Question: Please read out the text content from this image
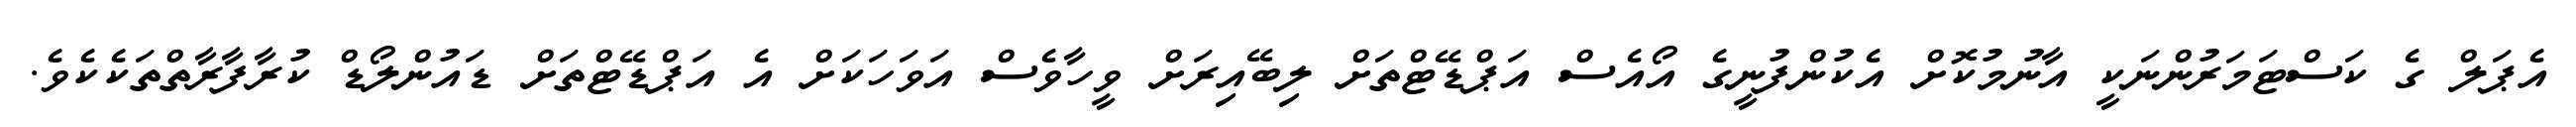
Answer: އެޕަލް ގެ ކަސްޓަމަރުންނަކީ އާނުމުކޮށް އެކުންފުނީގެ އޯއެސް އަޕްޑޭޓްތަށް ލިބޭއިރަށް ވީހާވެސް އަވަހަކަށް އެ އަޕްޑޭޓްތަށް ޑައުންލޯޑް ކުރާފާރާތްތަކެކެވެ.